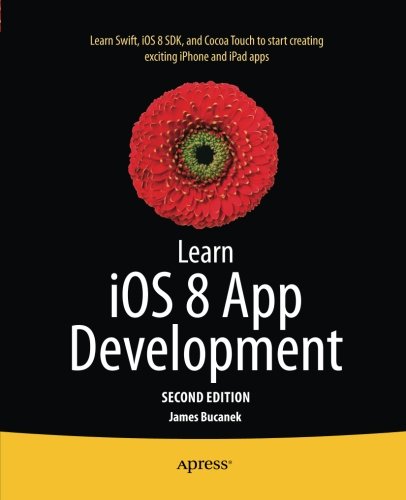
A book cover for Learn iOS 8 App Development; James Bucanek; Computers & Technology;